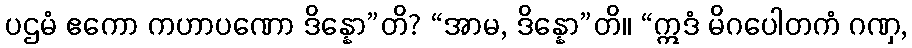
ပဌမံ ဧကော ကဟာပဏော ဒိန္နော”တိ? “အာမ, ဒိန္နော”တိ။ “ဣဒံ မိဂပေါတကံ ဂဏှ,